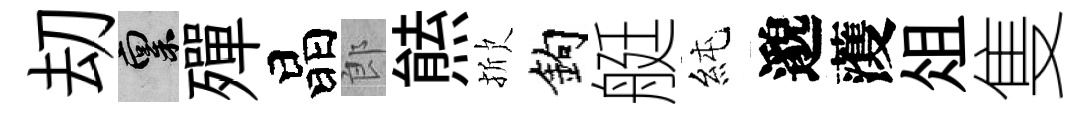
刧禀殫晶郎㷱掀鈎艇純邈𮑮俎隻